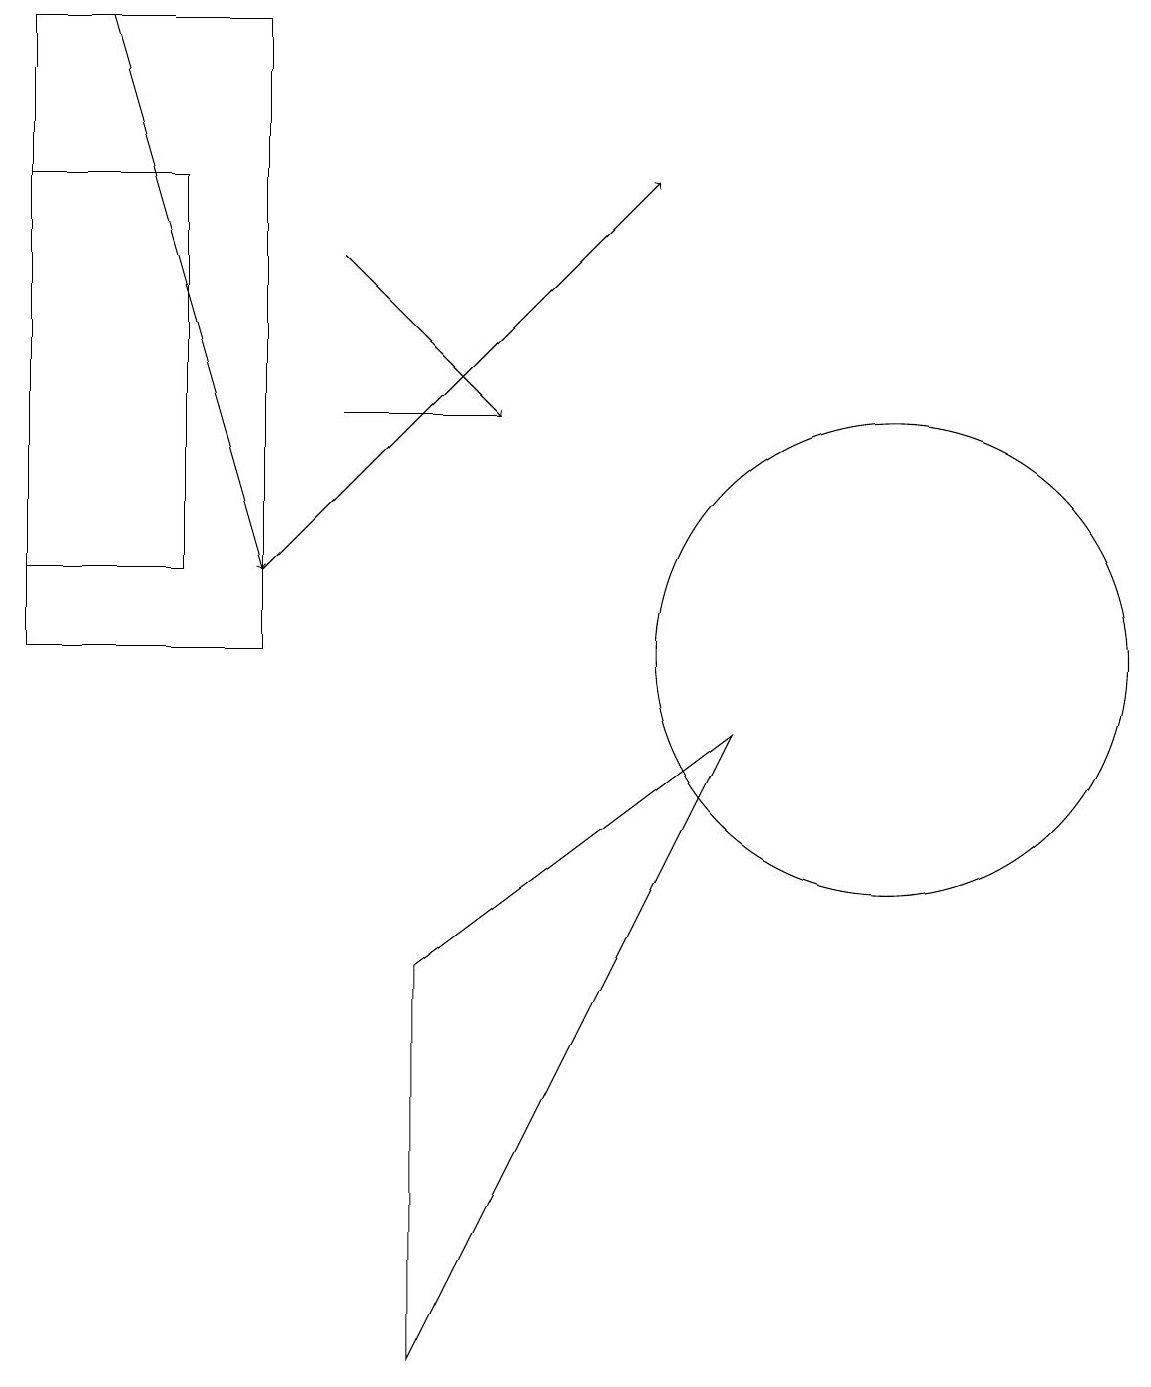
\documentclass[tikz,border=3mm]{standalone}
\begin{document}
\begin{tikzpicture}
\draw[->] (1,18) -- (3,11);
\draw[->] (4,15) -- (6,13);
\draw[->] (3,11) -- (8,16);
\draw (11,10) circle (3);
\draw (4,13) rectangle (6,13);
\draw (9,9) -- (5,6) -- (5,1) -- cycle;
\draw (2,11) rectangle (0,16);
\draw (3,10) rectangle (0,18);
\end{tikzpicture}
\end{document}